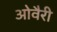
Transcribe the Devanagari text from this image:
ओवैरी